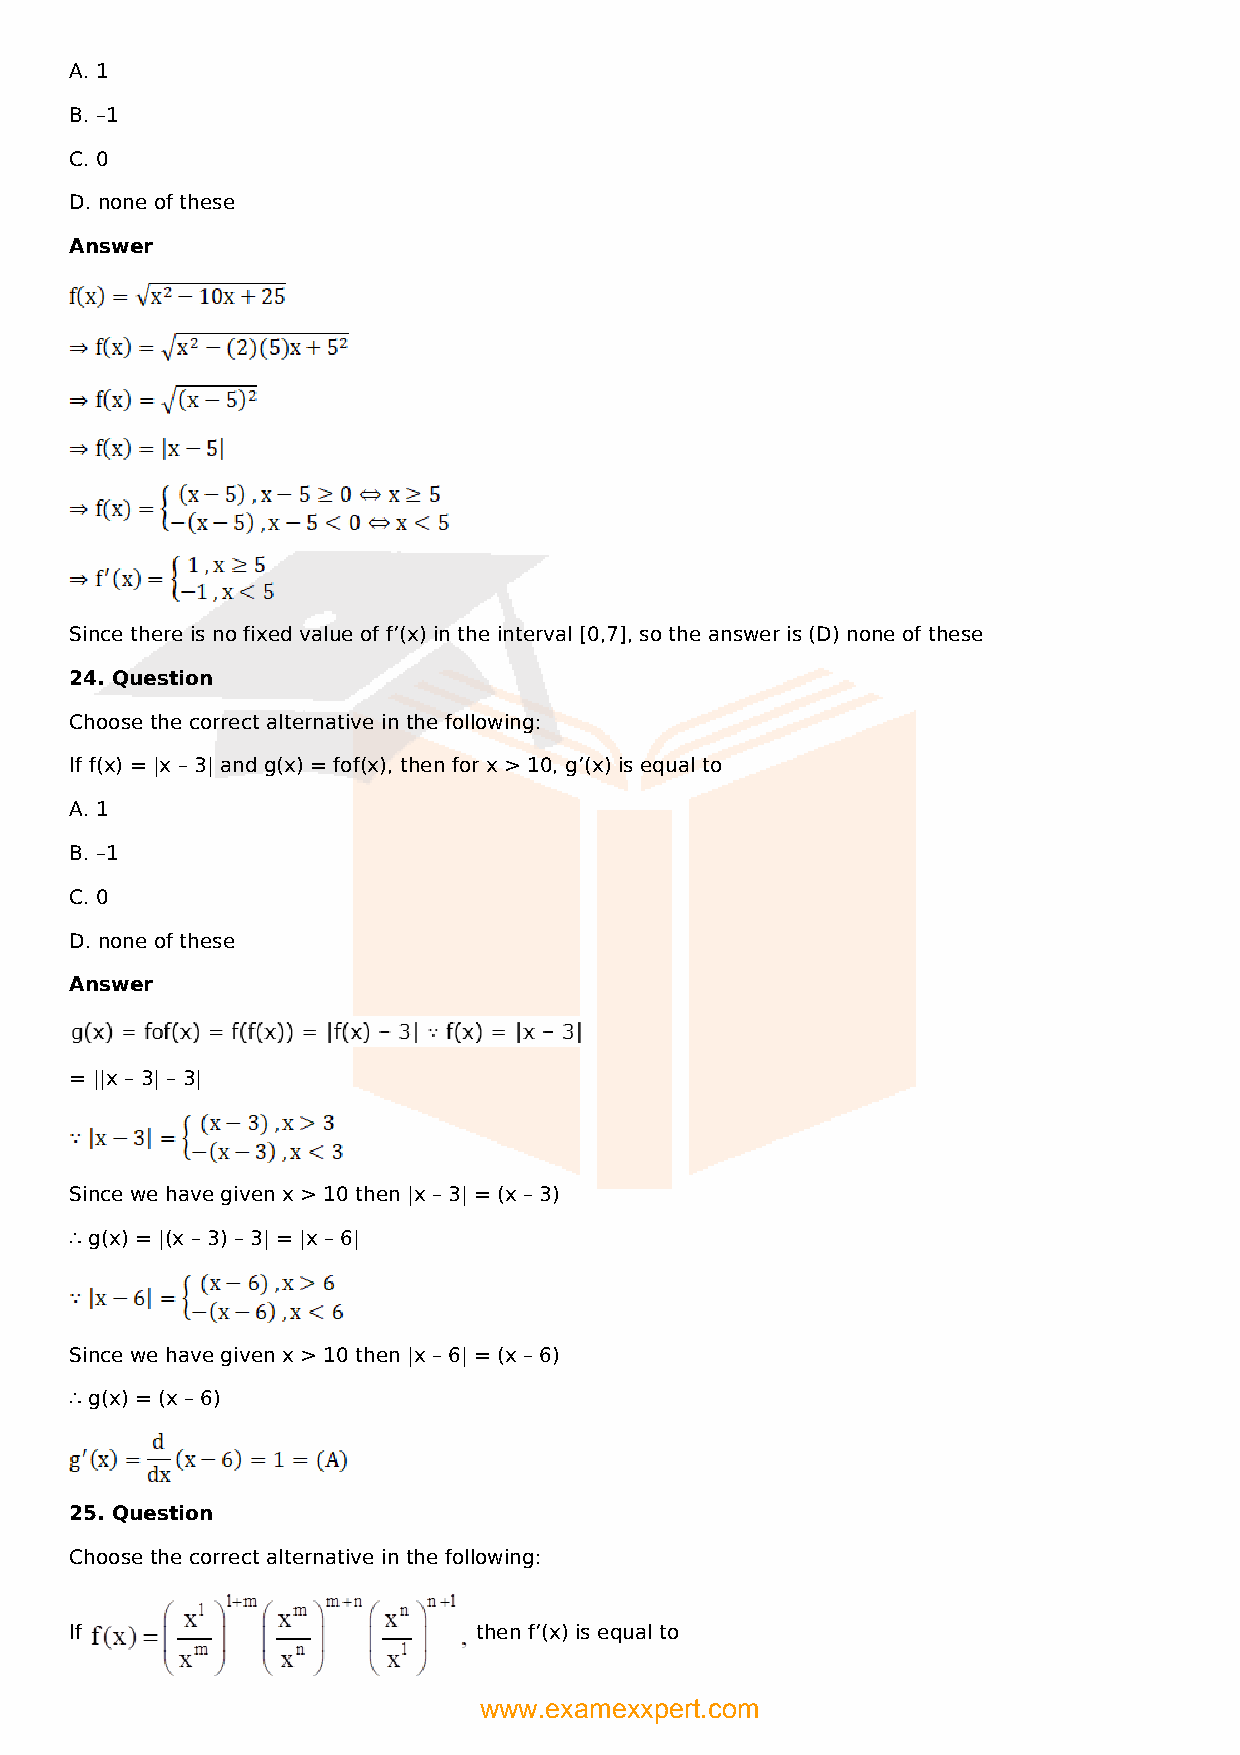
A. 1
 B. –1
 C. 0
 D. none of these
 Answer
 Since there is no fixed value of f’(x) in the interval [0,7], so the answer is (D) none of these
 24. Question
 Choose the correct alternative in the following:
 If f(x) = |x – 3| and g(x) = fof(x), then for x > 10, g’(x) is equal to
 A. 1
 B. –1
 C. 0
 D. none of these
 Answer
 = ||x – 3| – 3|
 Since we have given x > 10 then |x – 3| = (x – 3)
 ∴ g(x) = |(x – 3) – 3| = |x – 6|
 Since we have given x > 10 then |x – 6| = (x – 6)
 ∴ g(x) = (x – 6)
 25. Question
 Choose the correct alternative in the following:
 If                        then f’(x) is equal to
 www.examexxpert.com